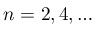
n = 2 , 4 , \dots